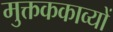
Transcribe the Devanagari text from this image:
मुक्तककाव्यों